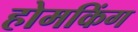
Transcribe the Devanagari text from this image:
होमकिंग